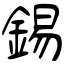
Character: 錫